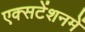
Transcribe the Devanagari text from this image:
एक्सटेंशनमें